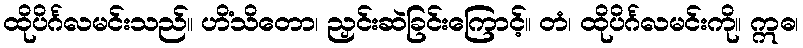
ထိုပိင်္ဂလမင်းသည်။ ဟိံသိတော၊ ညှင်းဆဲခြင်းကြောင့်။ တံ၊ ထိုပိင်္ဂလမင်းကို။ ဣဓ၊